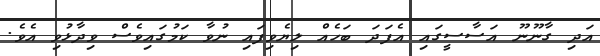
އަދި ގާނޫނޫ އަސާސީގައި އެފަދަ ބަހެއް ލިޔެވިފައި ނުވާ ކަމުގައިވެސް ވިދާޅުވި އެވެ.